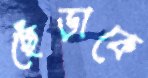
ছেঁড়াকে